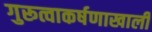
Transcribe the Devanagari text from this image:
गुरूत्वाकर्षणाखाली